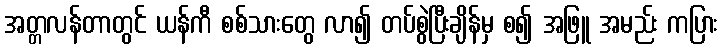
အတ္တလန်တာတွင် ယန်ကီ စစ်သားတွေ လာ၍ တပ်စွဲပြီးချိန်မှ စ၍ အဖြူ အမည်း ကပြား